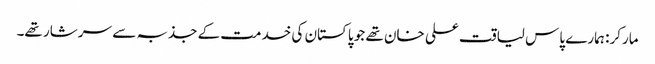
مارکر: ہمارے پاس لیاقت علی خان تھے جو پاکستان کی خدمت کے جذبہ سے سرشار تھے۔